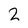
Character: 2